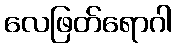
လေဖြတ်ရောဂါ